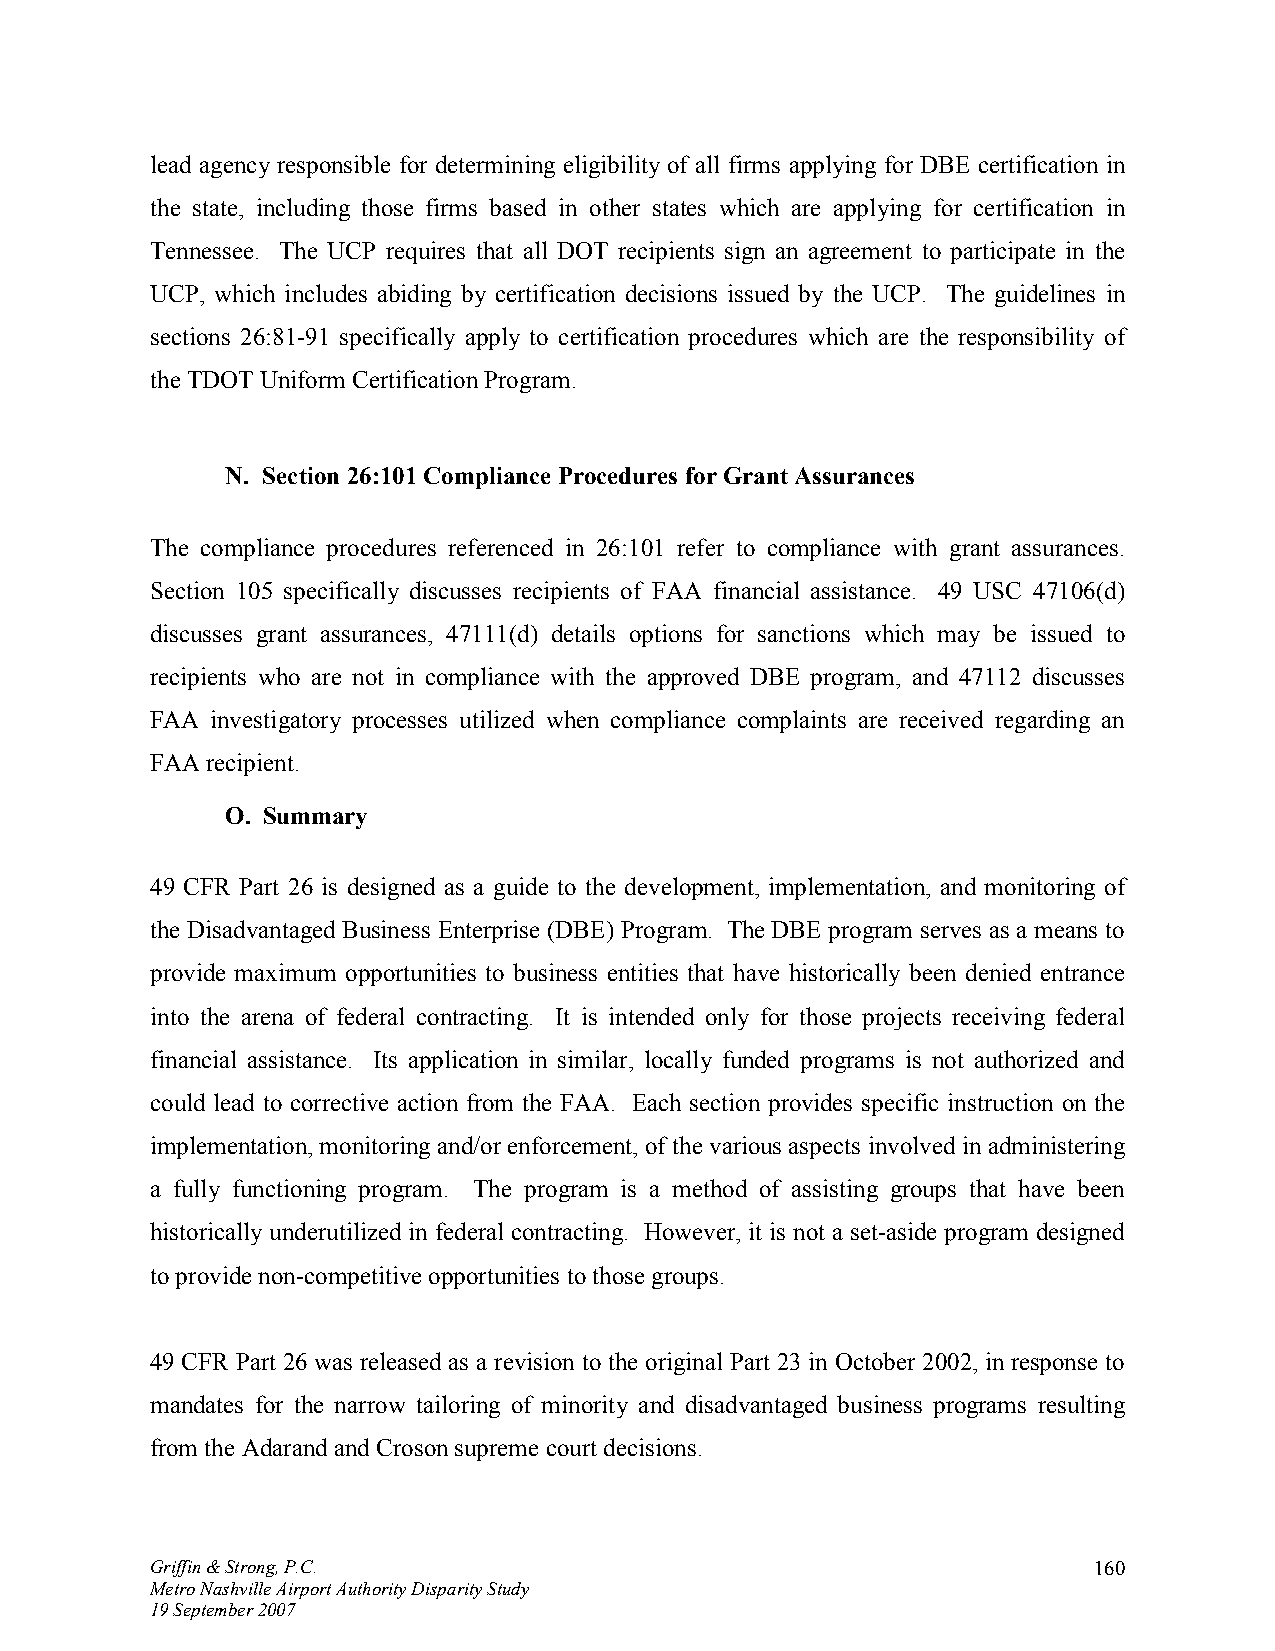
lead agency responsible for determining eligibility of all firms applying for DBE certification in
 the state, including those firms based in other states which are applying for certification in
 Tennessee. The UCP requires that all DOT recipients sign an agreement to participate in the
 UCP, which includes abiding by certification decisions issued by the UCP. The guidelines in
 sections 26:81-91 specifically apply to certification procedures which are the responsibility of
 the TDOT Uniform Certification Program.
 N. Section 26:101 Compliance Procedures for Grant Assurances
 The compliance procedures referenced in 26:101 refer to compliance with grant assurances.
 Section 105 specifically discusses recipients of FAA financial assistance. 49 USC 47106(d)
 discusses grant assurances, 47111(d) details options for sanctions which may be issued to
 recipients who are not in compliance with the approved DBE program, and 47112 discusses
 FAA investigatory processes utilized when compliance complaints are received regarding an
 FAA recipient.
 O. Summary
 49 CFR Part 26 is designed as a guide to the development, implementation, and monitoring of
 the Disadvantaged Business Enterprise (DBE) Program. The DBE program serves as a means to
 provide maximum opportunities to business entities that have historically been denied entrance
 into the arena of federal contracting. It is intended only for those projects receiving federal
 financial assistance. Its application in similar, locally funded programs is not authorized and
 could lead to corrective action from the FAA. Each section provides specific instruction on the
 implementation, monitoring and/or enforcement, of the various aspects involved in administering
 a fully functioning program. The program is a method of assisting groups that have been
 historically underutilized in federal contracting. However, it is not a set-aside program designed
 to provide non-competitive opportunities to those groups.
 49 CFR Part 26 was released as a revision to the original Part 23 in October 2002, in response to
 mandates for the narrow tailoring of minority and disadvantaged business programs resulting
 from the Adarand and Croson supreme court decisions.
 Griffin & Strong, P.C.                                        160
 Metro Nashville Airport Authority Disparity Study
 19 September 2007